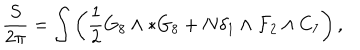
\frac { S } { 2 \pi } = \int \left( \frac { 1 } { 2 } G _ { 8 } \wedge * G _ { 8 } + N \delta _ { 1 } \wedge { \cal F } _ { 2 } \wedge C _ { 7 } \right) ,